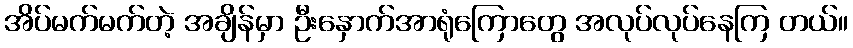
အိပ်မက်မက်တဲ့ အချိန်မှာ ဦးနှောက်အာရုံကြောတွေ အလုပ်လုပ်နေကြ တယ်။